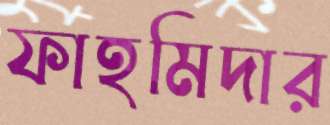
ফাহমিদার